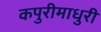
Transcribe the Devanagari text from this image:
कपुरीमाधुरी